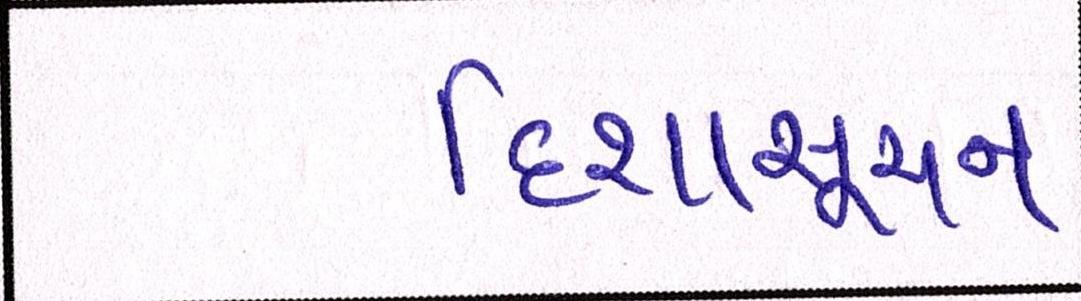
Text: દિશાસૂચન